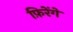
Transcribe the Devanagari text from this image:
फ़िरेंगे